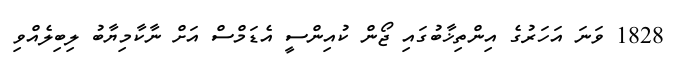
1828 ވަނަ އަހަރުގެ އިންތިޚާބުގައި ޖޯން ކުއިންސީ އެޑަމްސް އަށް ނާކާމިޔާބު ލިބިލެއްވި